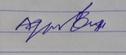
Signature authenticity: forged